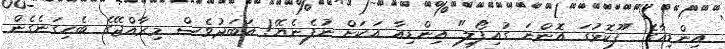
އިންޑިއާގެ "ފޫކޮޅުގަ އޮންނަ ގުއިފޯލި" އިންޑިއާ އަކަށް ނުފެނެޔޭ! އަބަދުވެސް މިރާއްޖޭގެ ބެހިގަނެގެން